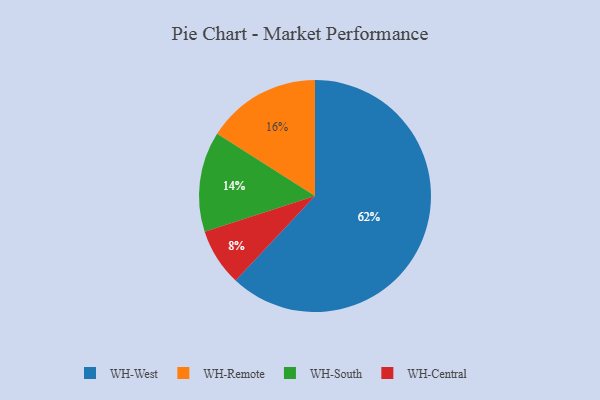
{"axis": {"x": "Category", "y": "Percentage"}, "legend": ["WH-Central", "WH-Remote", "WH-South", "WH-West"], "data": [{"x": "WH-South", "y": 14, "type": "WH-South"}, {"x": "WH-West", "y": 62, "type": "WH-West"}, {"x": "WH-Central", "y": 8, "type": "WH-Central"}, {"x": "WH-Remote", "y": 16, "type": "WH-Remote"}]}